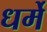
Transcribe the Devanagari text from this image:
धर्मे